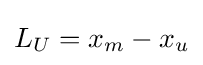
L_{U}=x_{m}-x_{u}